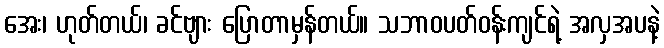
အေး၊ ဟုတ်တယ်၊ ခင်ဗျား ပြောတာမှန်တယ်။ သဘာဝပတ်ဝန်းကျင်ရဲ့ အလှအပနဲ့